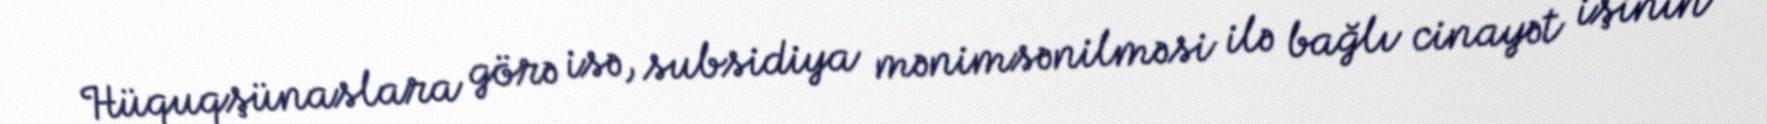
Hüquqşünaslara görə isə, subsidiya mənimsənilməsi ilə bağlı cinayət işinin